Report on the working of the Ranchi Indian Mental Hospital, Kanke, in Bihar and Orissa - 1930-1940
Year: 1930
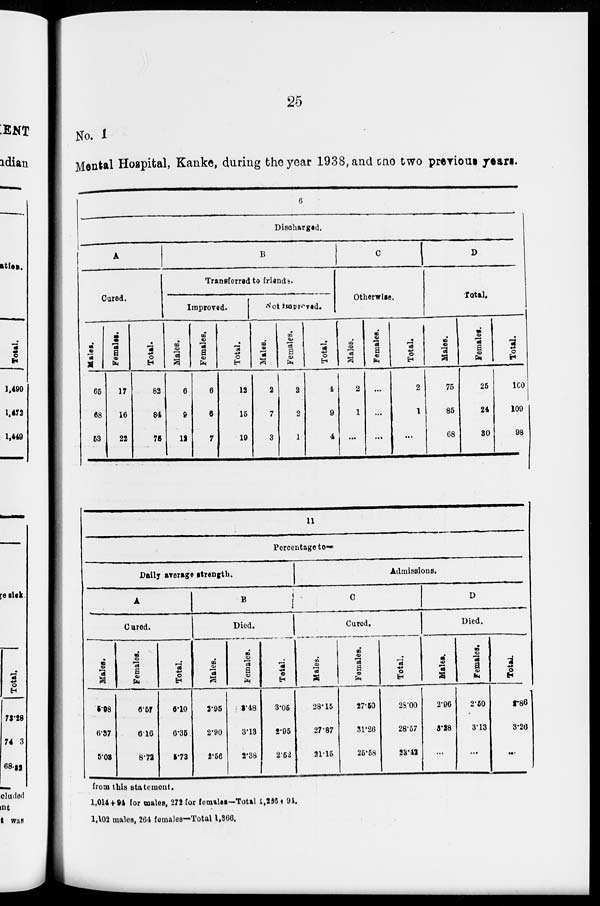
25
No. 1
Mental Hospital, Kanke, during the year 1938, and the two previous years.
6
Discharged.
A
Cured.
Males.
65
68
53
Females.
17
16
22
Total.
82
84
75
B
Transferred to friends.
Improved.
Males.
6
9
12
Females.
6
6
7
Total.
12
15
19
Not improved.
Males.
2
7
3
Females.
2
2
1
Total.
4
9
4
C
Otherwise.
Males.
2
1
...
Females.
...
...
...
Total.
2
1
...
D
Total.
Males.
75
85
68
Females.
25
24
30
Total.
100
109
98
11
Percentage to–
Daily average strength.
A
Cured.
Males.
5.98
6.37
5.03
Females.
6.57
6.16
8.72
Total.
6.10
6.35.
5.73
B
Died.
Males.
2.95
2.90
2.56
Females.
3.48
3.13
2.38
Total.
3.05
2.95
2.52
Admissions.
C
Cured.
Males.
28.15
27.87
21.15
Females.
27.50
31.26
25.58
Total.
28.00
28.57
23.42
D
Died.
Males.
2.96
3.28
..
Females.
2.50
3.13
...
Total.
2.86
3.26
...
from this statement.
1,014+94 for males, 272 for females–Total 1,286, 94.
1,102 males, 264 females—Total 1,366.